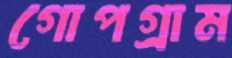
গোপগ্রাম